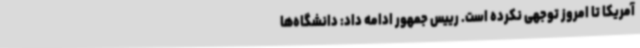
آمریکا تا امروز توجهی نکرده است. رییس جمهور ادامه داد: دانشگاه‌ها